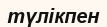
түлікпен